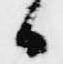
日